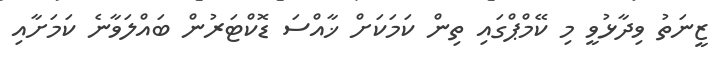
ޒީނަތު ވިދާޅުވީ މި ކޭމްޕްގައި ތިން ކަމަކަށް ޚާއްސަ ޑޮކްޓަރުން ބައްލަވާނެ ކަމަށާއި